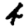
Digit: 4